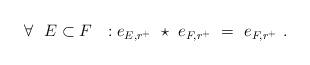
LaTeX: \begin{align*} \forall \ \ E \subset F \ \ : e_{E,r^{+}} \ \star \ e_{F,r^{+}} \ = \ e_{F,r^{+}} \ .\end{align*}